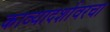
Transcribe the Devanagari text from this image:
काव्यादर्शावरचा